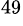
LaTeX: ^{49}